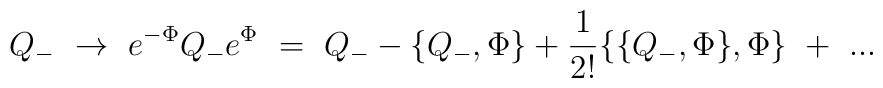
Q_- ~ \to ~ e^{-\Phi} Q_- e^{\Phi} ~=~ Q_- - \{ Q_- , \Phi \} +\frac{1}{2!} \{ \{ Q_- , \Phi \} , \Phi \} ~+~ ...